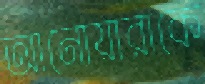
আনোয়ারাকে